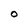
Character: O